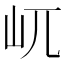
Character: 屼